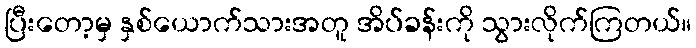
ပြီးတော့မှ နှစ်ယောက်သားအတူ အိပ်ခန်းကို သွားလိုက်ကြတယ်။